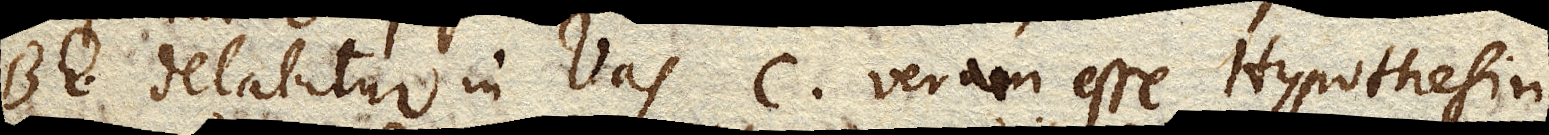
BE delabitur in Vas C veram esse Hypothesin